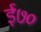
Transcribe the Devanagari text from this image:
ई७०